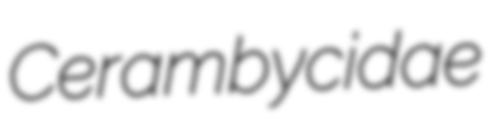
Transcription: Cerambycidae